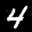
Label: 4